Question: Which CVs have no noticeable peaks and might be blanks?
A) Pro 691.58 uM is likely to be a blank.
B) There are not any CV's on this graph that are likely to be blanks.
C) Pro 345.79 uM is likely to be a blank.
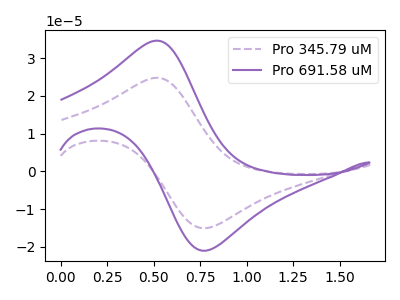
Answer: <think>The purple dashed curve "Pro 345.79 uM" has an anodic peak at (0.50V, 24.80uA) and a cathodic peak at (0.80V, -15.00uA). The purple curve "Pro 691.58 uM" has an anodic peak at (0.50V, 34.60uA) and a cathodic peak at (0.80V, -20.95uA).</think>
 <answer>B) There are not any CV's on this graph that are likely to be blanks.</answer>
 <eval>B</eval>